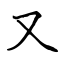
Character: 又